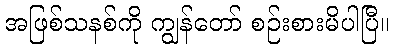
အဖြစ်သနစ်ကို ကျွန်တော် စဉ်းစားမိပါပြီ။